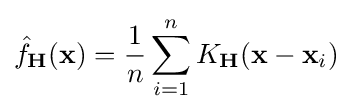
{\hat {f}}_{\mathbf {H} }(\mathbf {x} )={\frac {1}{n}}\sum _{i=1}^{n}K_{\mathbf {H} }(\mathbf {x} -\mathbf {x} _{i})